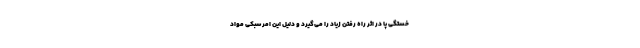
خستگی پا در اثر راه رفتن زیاد را می‌گیرد و دلیل این امر سبکی مواد